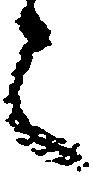
之